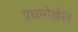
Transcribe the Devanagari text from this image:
प्रथमोल्लेख